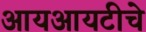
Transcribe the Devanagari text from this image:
आयआयटीचे